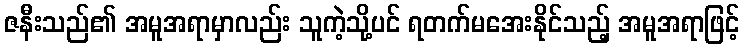
ဇနီးသည်၏ အမူအရာမှာလည်း သူကဲ့သို့ပင် ရတက်မအေးနိုင်သည့် အမူအရာဖြင့်